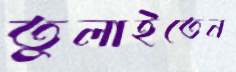
তুলাইতেন